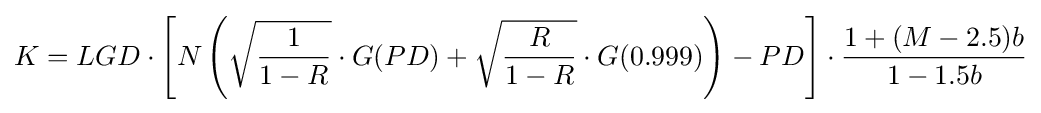
K=LGD\cdot \left[N\left({\sqrt {\frac {1}{1-R}}}\cdot G(PD)+{\sqrt {\frac {R}{1-R}}}\cdot G(0.999)\right)-PD\right]\cdot {\frac {1+(M-2.5)b}{1-1.5b}}